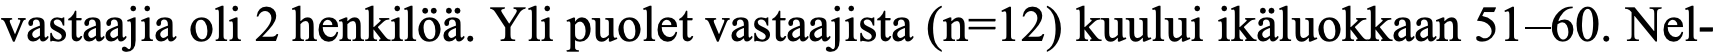
vastaajia oli 2 henkilöä. Yli puolet vastaajista (n=12) kuului ikäluokkaan 51–60. Nel-